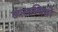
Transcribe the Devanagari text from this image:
उपलब्‍धियों